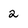
Character: 2